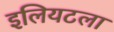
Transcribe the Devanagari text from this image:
इलियटला